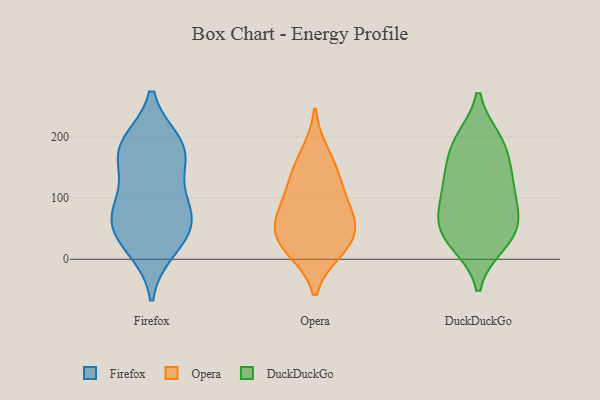
{"axis": {"x": "Population (Million)", "y": "Value"}, "legend": ["DuckDuckGo", "Firefox", "Opera"], "data": [{"x": "", "y": 62, "type": "Firefox"}, {"x": "", "y": 180, "type": "Firefox"}, {"x": "", "y": 19, "type": "Firefox"}, {"x": "", "y": 188, "type": "Firefox"}, {"x": "", "y": 58, "type": "Firefox"}, {"x": "", "y": 38, "type": "Firefox"}, {"x": "", "y": 167, "type": "Firefox"}, {"x": "", "y": 92, "type": "Firefox"}, {"x": "", "y": 175, "type": "Firefox"}, {"x": "", "y": 91, "type": "Firefox"}, {"x": "", "y": 135, "type": "Opera"}, {"x": "", "y": 35, "type": "Opera"}, {"x": "", "y": 89, "type": "Opera"}, {"x": "", "y": 54, "type": "Opera"}, {"x": "", "y": 14, "type": "Opera"}, {"x": "", "y": 174, "type": "Opera"}, {"x": "", "y": 15, "type": "Opera"}, {"x": "", "y": 55, "type": "Opera"}, {"x": "", "y": 129, "type": "Opera"}, {"x": "", "y": 78, "type": "Opera"}, {"x": "", "y": 47, "type": "DuckDuckGo"}, {"x": "", "y": 183, "type": "DuckDuckGo"}, {"x": "", "y": 110, "type": "DuckDuckGo"}, {"x": "", "y": 113, "type": "DuckDuckGo"}, {"x": "", "y": 194, "type": "DuckDuckGo"}, {"x": "", "y": 72, "type": "DuckDuckGo"}, {"x": "", "y": 27, "type": "DuckDuckGo"}, {"x": "", "y": 67, "type": "DuckDuckGo"}, {"x": "", "y": 26, "type": "DuckDuckGo"}, {"x": "", "y": 194, "type": "DuckDuckGo"}, {"x": "", "y": 139, "type": "DuckDuckGo"}, {"x": "", "y": 139, "type": "DuckDuckGo"}, {"x": "", "y": 56, "type": "DuckDuckGo"}]}